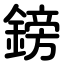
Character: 鎊